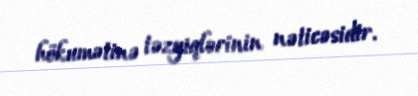
hökumətinə təzyiqlərinin nəticəsidir.